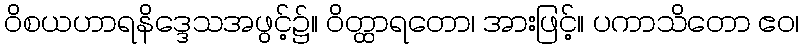
ဝိစယဟာရနိဒ္ဒေသအဖွင့်၌။ ဝိတ္ထာရတော၊ အားဖြင့်။ ပကာသိတော ဧဝ၊